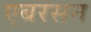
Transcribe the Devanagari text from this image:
एबरसन